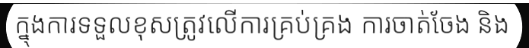
ក្នុងការទទួលខុសត្រូវលើការគ្រប់គ្រង ការចាត់ចែង និង